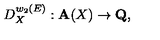
D _ { X } ^ { w _ { 2 } ( E ) } : { \bf A } ( X ) \rightarrow { \bf Q } ,